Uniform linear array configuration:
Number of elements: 24
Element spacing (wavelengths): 0.25
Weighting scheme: hann
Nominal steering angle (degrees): -45
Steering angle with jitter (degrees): -45.921
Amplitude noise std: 0.05
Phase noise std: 0.05

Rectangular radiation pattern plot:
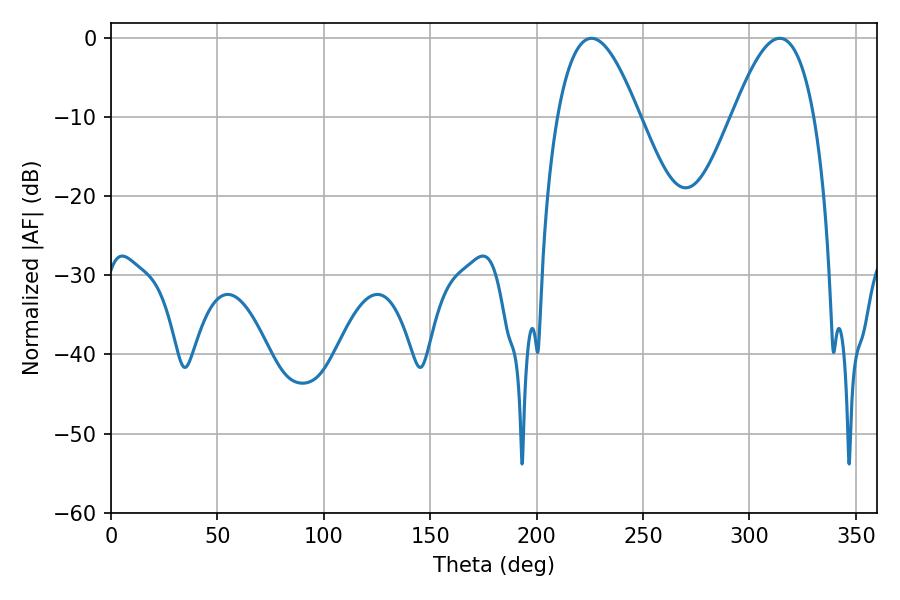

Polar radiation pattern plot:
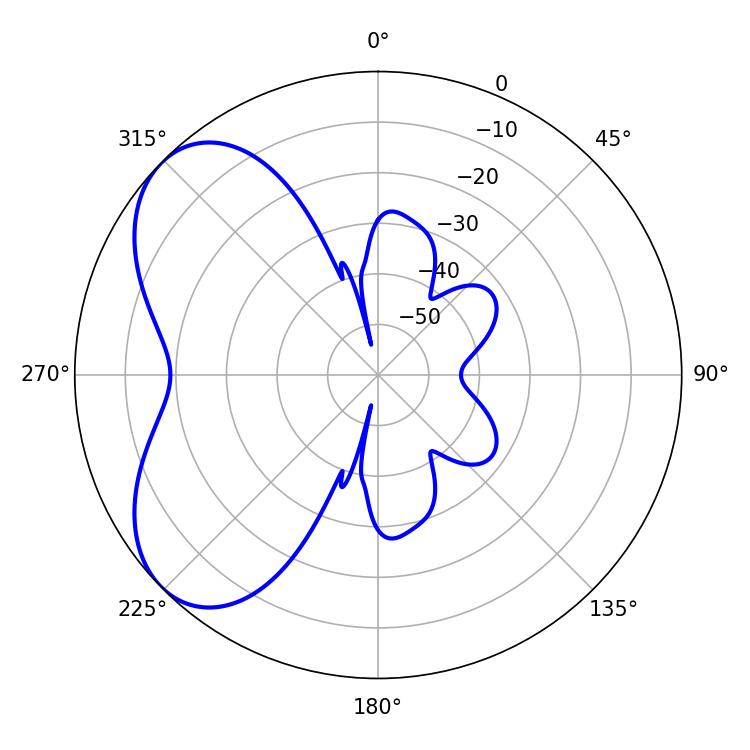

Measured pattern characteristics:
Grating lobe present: FALSE
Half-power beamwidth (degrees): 20.88
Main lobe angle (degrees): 225.72